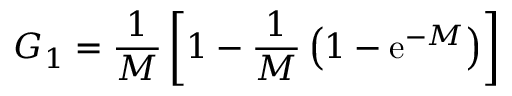
G _ { 1 } = { \frac { 1 } { M } } \left[ 1 - { \frac { 1 } { M } } \left( 1 - \mathrm { e } ^ { - M } \right) \right]